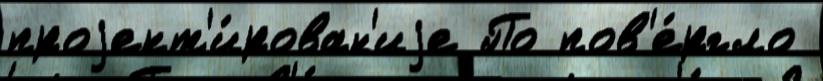
проjект'и́рован'иjе По пов'е́ргло